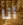
أنا